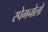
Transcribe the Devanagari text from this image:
स्पेगनोलो